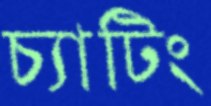
চ্যাটিং